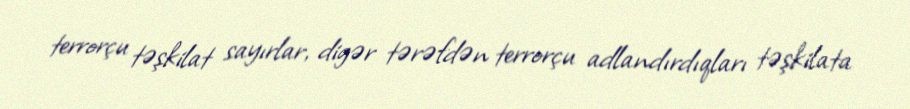
terrorçu təşkilat sayırlar, digər tərəfdən terrorçu adlandırdıqları təşkilata